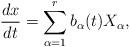
LaTeX: \begin{align*} \frac{dx}{dt} = \sum_{\alpha = 1}^{r} b_\alpha(t) X_\alpha ,\end{align*}